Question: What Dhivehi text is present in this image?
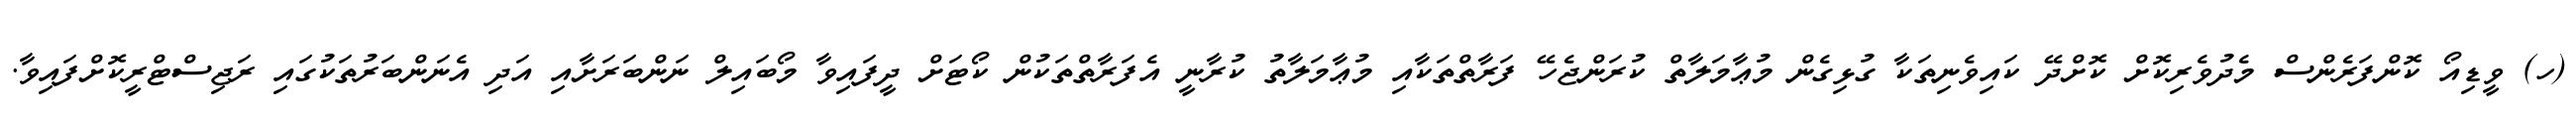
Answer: (ހ) ވީޑިއޯ ކޮންފަރެންސް މެދުވެރިކޮށް ކޮށްދޭ ކައިވެނިތަކާ ގުޅިގެން މުޢާމަލާތް ކުރަންޖެހޭ ފަރާތްތަކާއި މުޢާމަލާތު ކުރާނީ އެފަރާތްތަކުން ކޯޓަށް ދީފައިވާ މޯބައިލް ނަންބަރަށާއި އަދި އެނަންބަރުތަކުގައި ރަޖިސްޓްރީކޮށްފައިވާ.